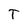
Character: T